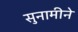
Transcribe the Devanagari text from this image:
सुनामीने